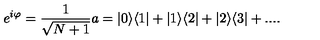
e ^ { i \varphi } = \frac { 1 } { \sqrt { N + 1 } } a = | 0 \rangle \langle 1 | + | 1 \rangle \langle 2 | + | 2 \rangle \langle 3 | + . . . .